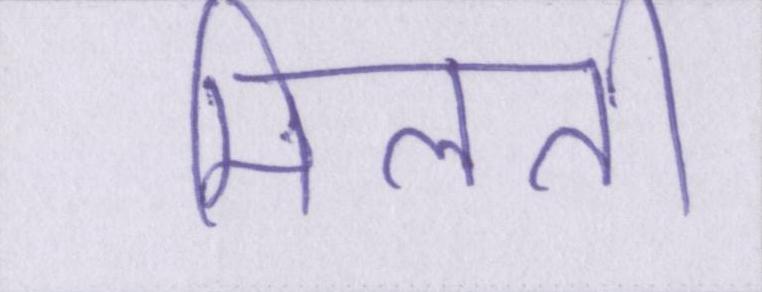
मिलती